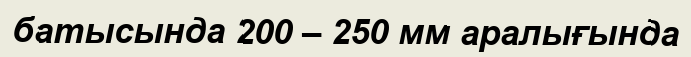
батысында 200 – 250 мм аралығында